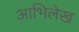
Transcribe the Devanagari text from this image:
आभिलेख